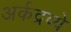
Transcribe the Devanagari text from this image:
अर्कद्रव्ये